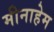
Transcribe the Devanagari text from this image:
मीनाहेम